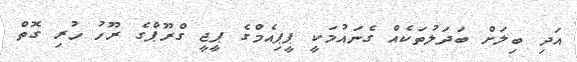
އަދި ބިލަށް ބަދަލުތަކެއް ގެނައުމަކީ ޕީޕިއެމްގެ ޕީޖީ ގްރޫޕްގެ ރޫހު ހުރި ގޮތް